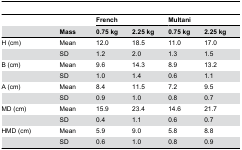
<table><thead><tr><td></td><td></td><td colspan="2"><b>French</b></td><td colspan="2"><b>Multani</b></td></tr><tr><td></td><td><b>Mass</b></td><td><b>0.75 kg</b></td><td><b>2.25 kg</b></td><td><b>0.75 kg</b></td><td><b>2.25 kg</b></td></tr></thead><tbody><tr><td>H (cm)</td><td>Mean</td><td>12.0</td><td>18.5</td><td>11.0</td><td>17.0</td></tr><tr><td></td><td>SD</td><td>1.2</td><td>2.0</td><td>1.3</td><td>1.5</td></tr><tr><td>B (cm)</td><td>Mean</td><td>9.6</td><td>14.3</td><td>8.9</td><td>13.2</td></tr><tr><td></td><td>SD</td><td>1.0</td><td>1.4</td><td>0.6</td><td>1.1</td></tr><tr><td>A (cm)</td><td>Mean</td><td>8.4</td><td>11.5</td><td>7.2</td><td>9.5</td></tr><tr><td></td><td>SD</td><td>0.9</td><td>1.0</td><td>0.8</td><td>0.7</td></tr><tr><td>MD (cm)</td><td>Mean</td><td>15.9</td><td>23.4</td><td>14.6</td><td>21.7</td></tr><tr><td></td><td>SD</td><td>0.4</td><td>1.1</td><td>0.6</td><td>0.7</td></tr><tr><td>HMD (cm)</td><td>Mean</td><td>5.9</td><td>9.0</td><td>5.8</td><td>8.8</td></tr><tr><td></td><td>SD</td><td>0.6</td><td>1.0</td><td>0.8</td><td>0.9</td></tr></tbody></table>